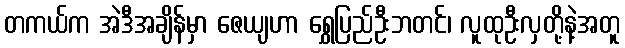
တကယ်က အဲဒီအချိန်မှာ ဇေယျဟာ ရွှေပြည်ဦးဘတင်၊ လူထုဦးလှတို့နဲ့အတူ